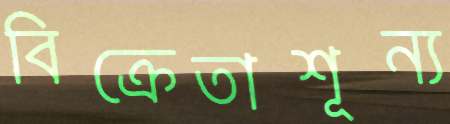
বিক্রেতাশূন্য